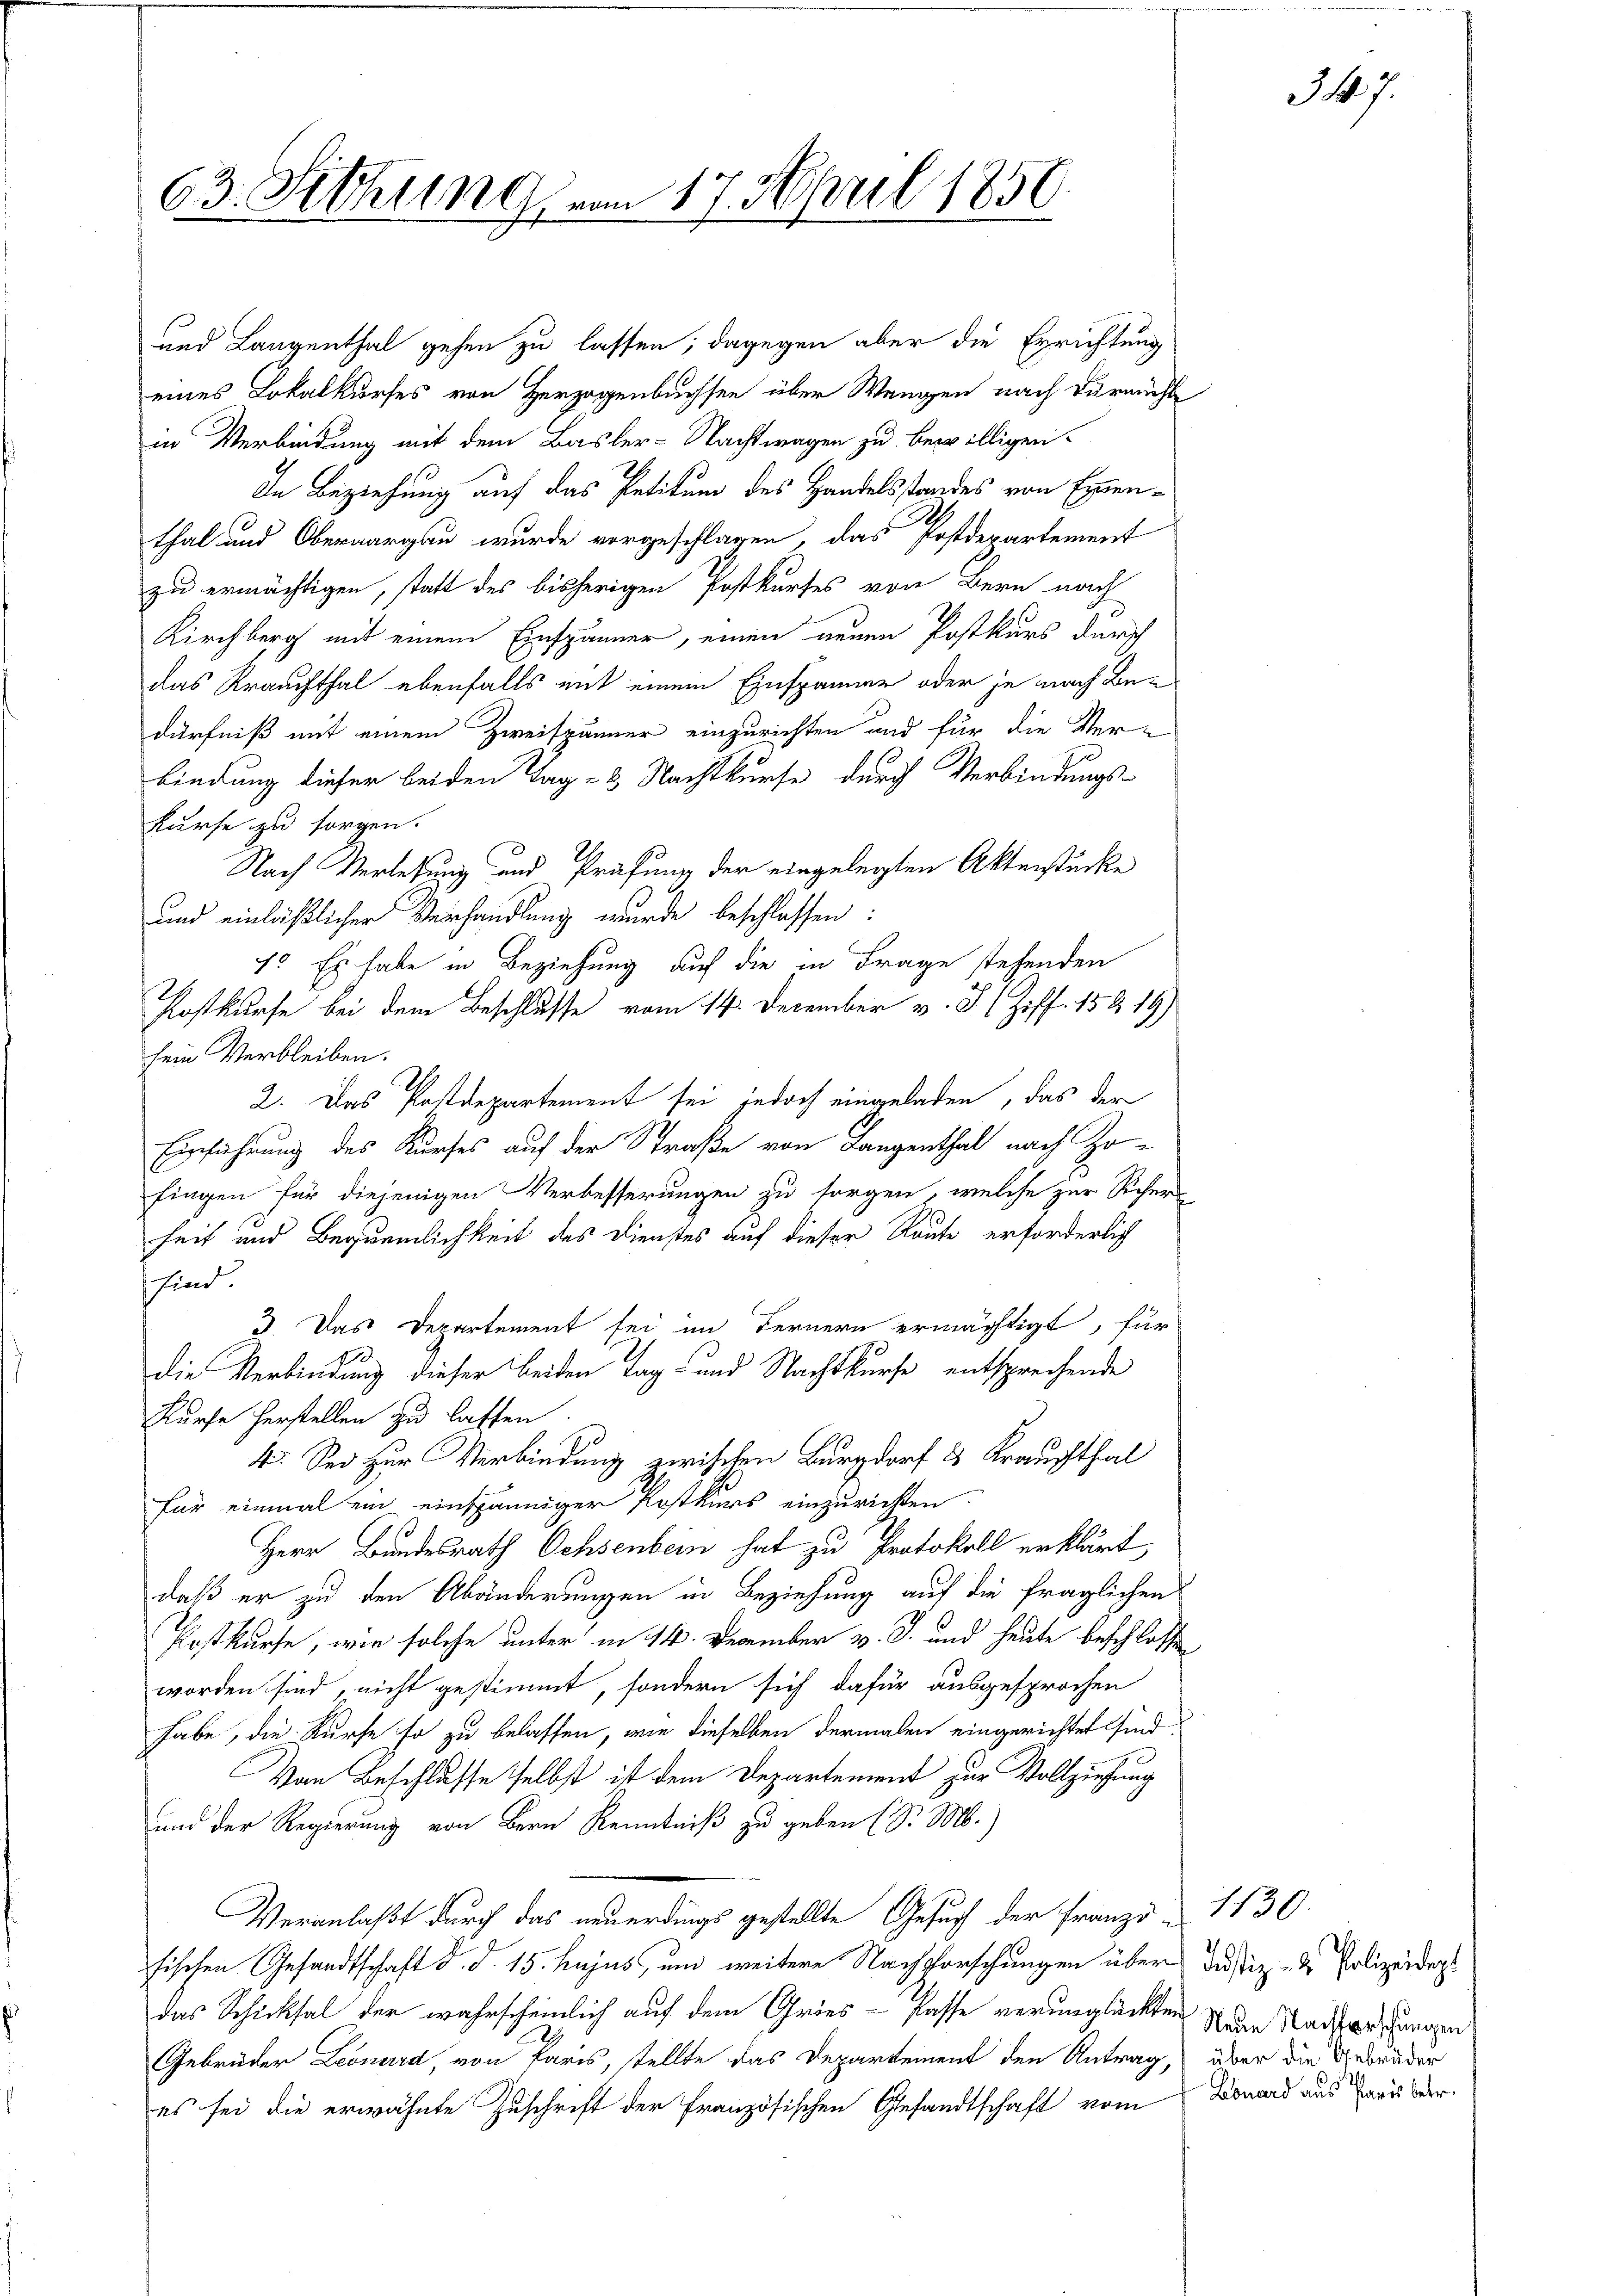
63. Sitzung

und Langenthal gehen zu lassen; dagegen aber die Errichtung
eines Lokalkurses von Herzogenbuchsen über Wangen nach durchl
in Verbindung mit dem Basler-Nachtwagen zu bewilligen.
In Beziehung auf das Petitum des Handelsstandes von Exenthal und Oberaargau wurde vorgeschlagen, das Postdepartement
zu ermächtigen, statt des bisherigen Postkurses von Bern nach
Kirchberg mit einem Einspänner, einen neuen Postkurs durch
das Krauchthal ebenfalls mit einem Einspänner oder je nach Bedürfniß mit einem Zweispänner einzurichten und für die Ver-
bindung dieser beiden Tag- & Nachtkurfe durch Verbindungs-
kurse zu sorgen.
Nach Verlesung und Prüfung der eingelegten Aktenstücke
und einläßlicher Verhandlung wurde beschlossen:
1. Es habe in Beziehung auf die in Frage stehenden
Postkurse bei dem Beschlusse vom 14. December v. J. 1 Ziff. 15 & 19)
sein Verbleiben.
A
2. Das Postdepartement sei jedoch eingeladen, das der
Einführung des Kurses auf der Straße von Langenthal nach Zo-
fingen für diejenigen Verbesserungen zu sorgen, welche zur Sicher-
heit und Bequemlichkeit des Dienstes auf dieser Raute erforderlich
sind
3. Das Departement sei im Fernern ermächtigt, für
die Verbindung dieser beiden Tag- und Nachtkurse entsprechende
Kürfe herstellen zu lassen
4. Sei zur Verbindung zwischen Burgdorf & Krauchthal
für einmal ein einspänniger Postkurs einzurichten.
Herr Bundesrath Ochsenbern hat zu Protokoll erklärt,
daß er zu den Abänderungen in Beziehung auf die fraglichen
Postkurse, wie solche unter in 14. December v. J. und heute beschlossen,
worden sind, nicht gestimmt, sondern sich dafür ausgesprochen
habe, die Kurfe so zu belassen, wie dieselben dermalen eingerichtet sind.
Von Beschlusse selbst ist dem Departement zur Vollziehung
und der Regierung von Bern Kenntniß zu geben (S. M.)
Veranlaßt durch das neuerdings gestellte Gesuch der Franzo 1130.
fischen Gesandtschaft d. d. 15. hujus, und weitere Nachforschungen über Justiz- & Polizeidings
das Schicksal der wahrscheinlich auf dem Gries- Pässe verunglückten Nuan Stadter ungen
Gebrüder Leonard, von Paris, tellte das Departement den Antrag, über die Gebrüder
es sei die erwähnte Zuschrift der Französischen Gesandtschaft vom

17. April 1850.

Konard aus Paris betr.

47.